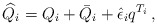
\begin{align*} \widehat{Q}_i = Q_i + \bar{Q}_i + \hat{\epsilon}_i q^{T_i}\,,\end{align*}